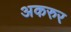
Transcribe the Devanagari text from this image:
अकरुर